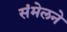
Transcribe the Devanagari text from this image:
संंमेलने